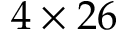
4 \times 2 6